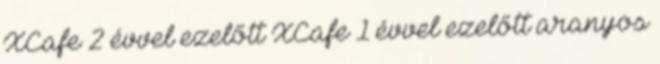
XCafe 2 évvel ezelőtt XCafe 1 évvel ezelőtt aranyos